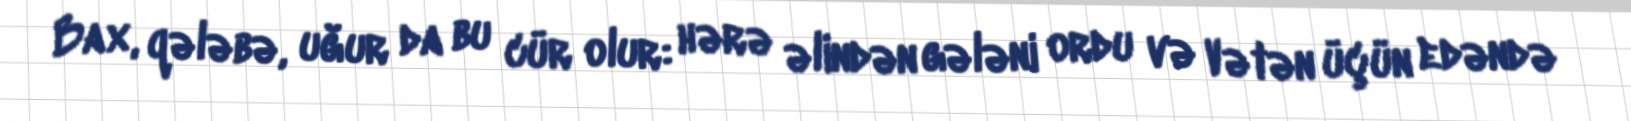
Bax, qələbə, uğur da bu cür olur: hərə əlindən gələni ordu və Vətən üçün edəndə